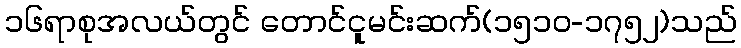
၁၆ရာစုအလယ်တွင် တောင်ငူမင်းဆက်(၁၅၁၀-၁၇၅၂)သည်